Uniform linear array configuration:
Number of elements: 24
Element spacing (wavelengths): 0.75
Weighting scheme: blackman
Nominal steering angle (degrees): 15
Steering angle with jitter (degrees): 13.685
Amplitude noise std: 0.05
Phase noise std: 0.05

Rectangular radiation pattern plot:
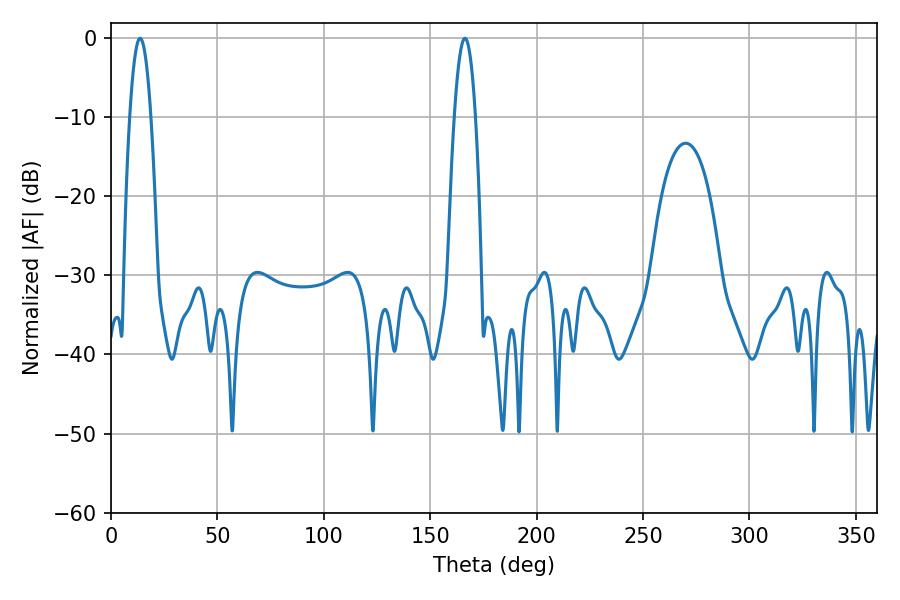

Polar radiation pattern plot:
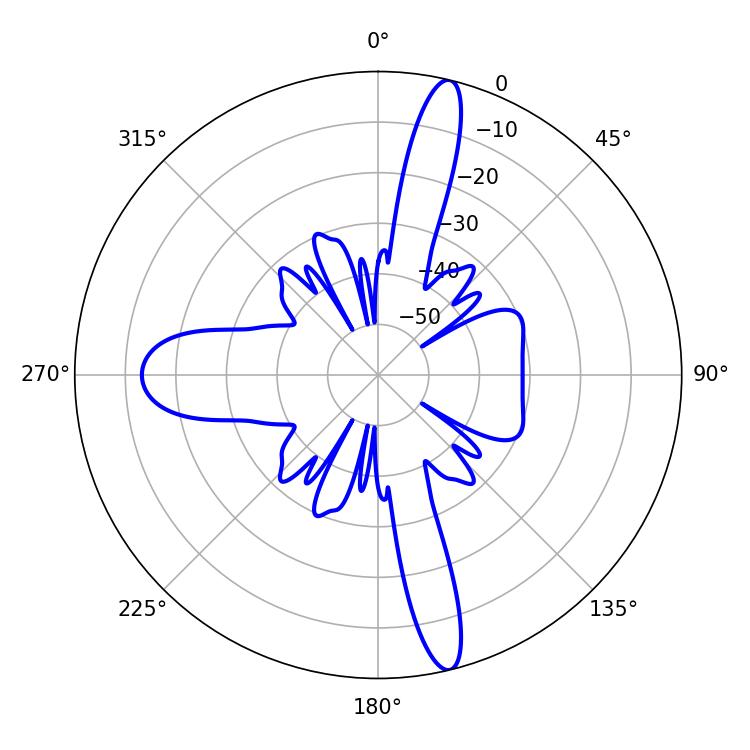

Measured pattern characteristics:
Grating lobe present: TRUE
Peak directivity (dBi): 17.424
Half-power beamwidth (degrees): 5.4
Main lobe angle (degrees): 166.32